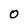
Character: 0